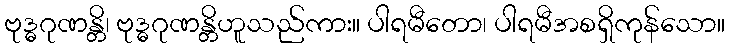
ဗုဒ္ဓဂုဏန္တိ၊ ဗုဒ္ဓဂုဏန္တိဟူသည်ကား။ ပါရမီတော၊ ပါရမီအစရှိကုန်သော။